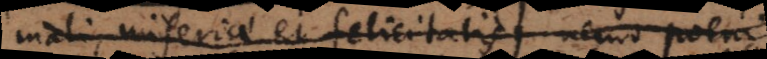
mali, miseriae et felicitatis) nemo poenis